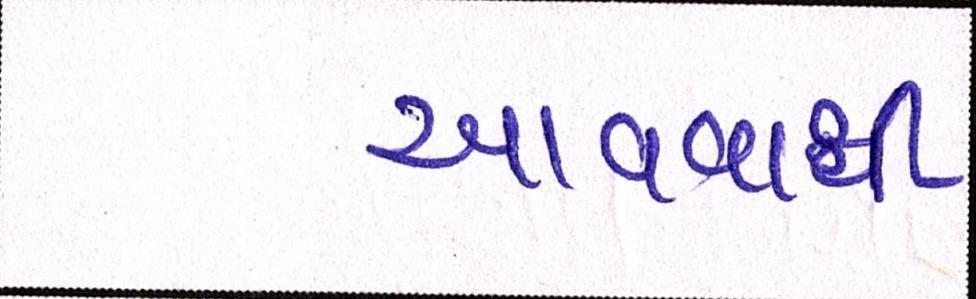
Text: આવવાથી